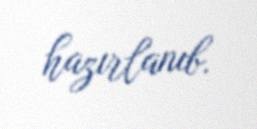
hazırlanıb.